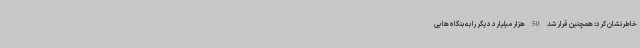
خاطرنشان کرد: همچنین قرار شد 50 هزار میلیارد دیگر را به بنگاه هایی